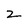
Character: z